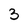
Character: 3